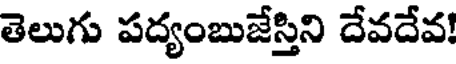
తెలుగు పద్యంబుజేస్తిని దేవదేవ!